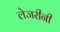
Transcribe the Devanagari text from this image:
लेजरीनी